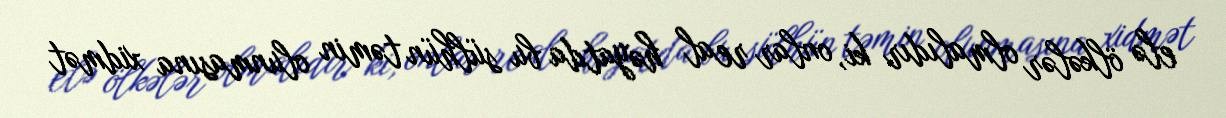
elə ölkələr olmalıdır ki, onlar real həyatda bu sülhün təmin olunmasına xidmət